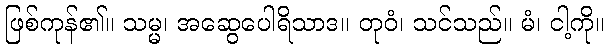
ဖြစ်ကုန်၏။ သမ္မ၊ အဆွေပေါရိသာဒ။ တုဝံ၊ သင်သည်။ မံ၊ ငါ့ကို။